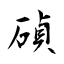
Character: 碵